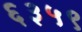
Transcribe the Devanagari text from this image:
६३५९